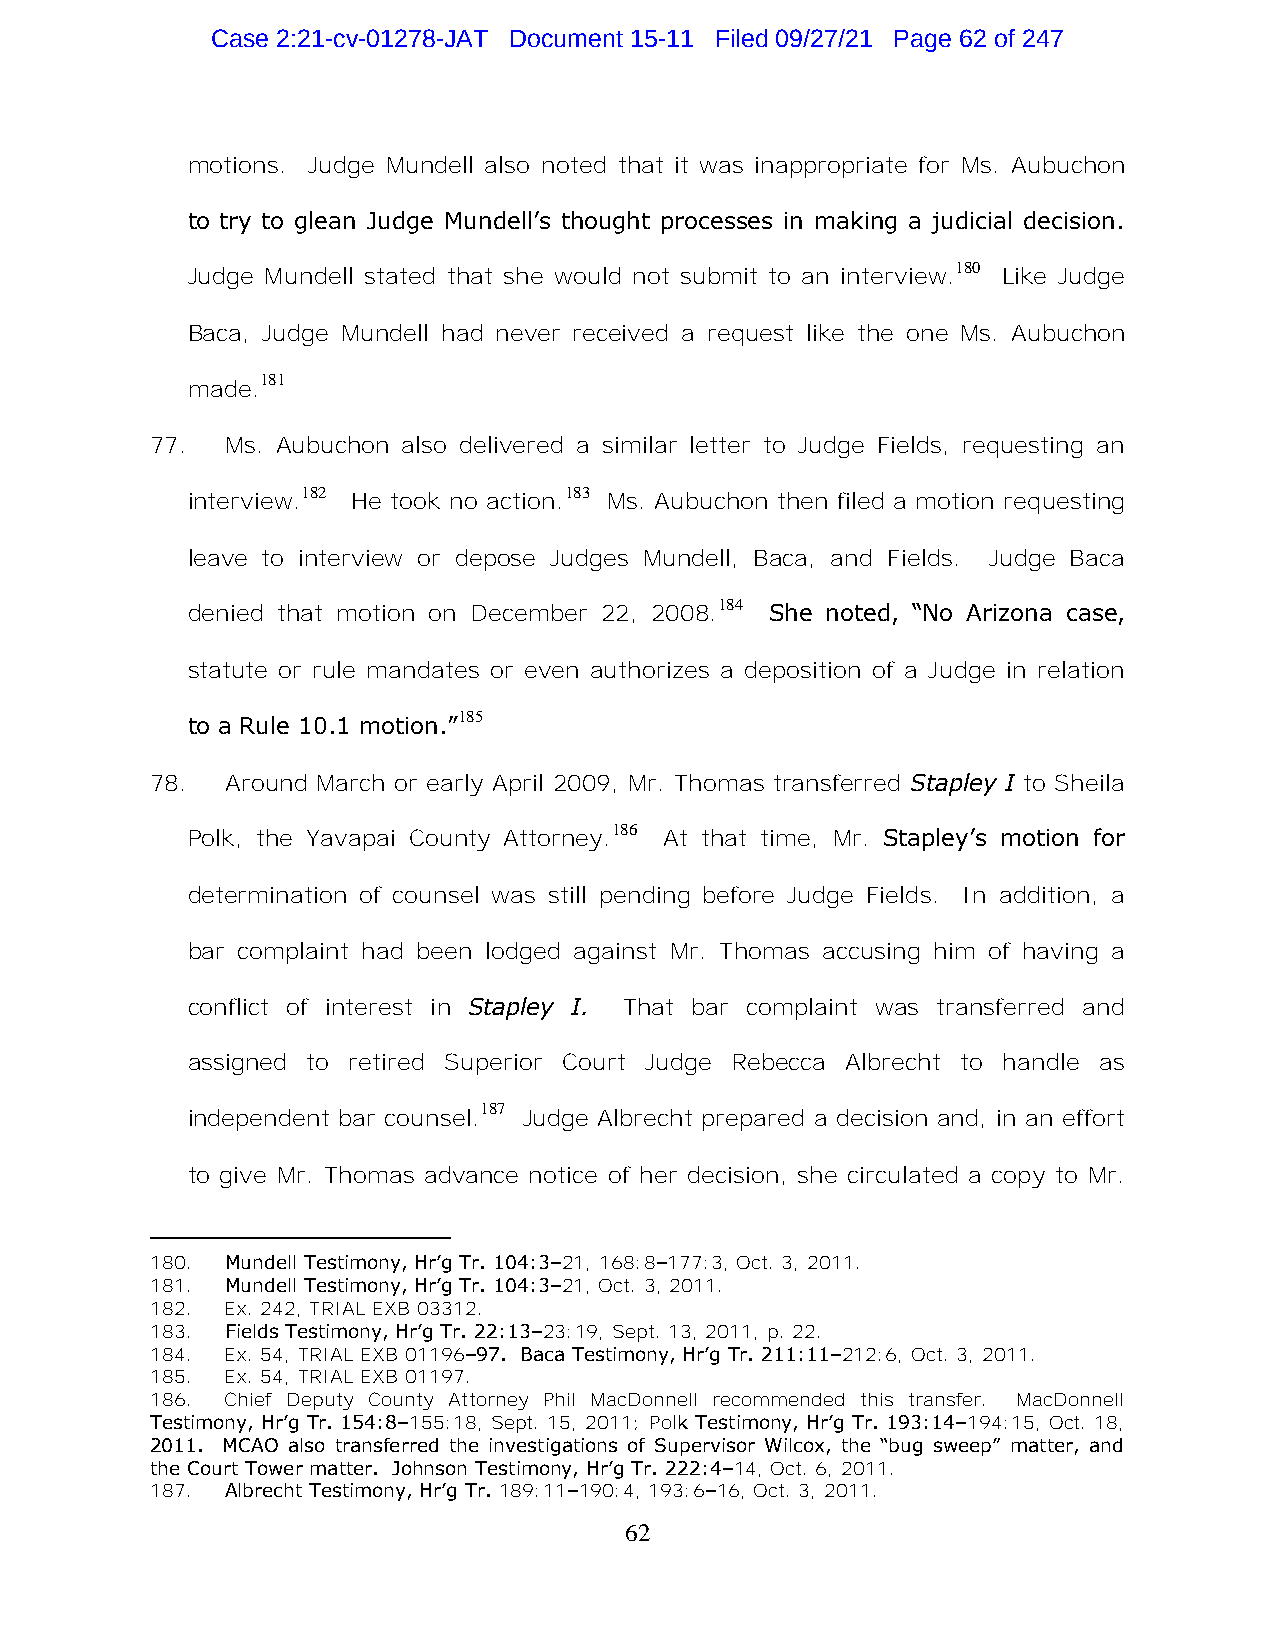
Case 2:21-cv-01278-JAT Document 15-11 Filed 09/27/21 Page 62 of 247
 motions. Judge Mundell also noted that it was inappropriate for Ms. Aubuchon
 to try to glean Judge Mundell’s thought processes in making a judicial decision.
 180
 Judge Mundell stated that she would not submit to an interview. Like Judge
 Baca, Judge Mundell had never received a request like the one Ms. Aubuchon
 181
 made.
 77.  Ms. Aubuchon also delivered a similar letter to Judge Fields, requesting an
 182              183
 interview. He took no action. Ms. Aubuchon then filed a motion requesting
 leave to interview or depose Judges Mundell, Baca, and Fields. Judge Baca
 184
 denied that motion on December 22, 2008. She noted, “No Arizona case,
 statute or rule mandates or even authorizes a deposition of a Judge in relation
 185
 to a Rule 10.1 motion.”
 78.  Around March or early April 2009, Mr. Thomas transferred Stapley I to Sheila
 186
 Polk, the Yavapai County Attorney. At that time, Mr. Stapley’s motion for
 determination of counsel was still pending before Judge Fields. In addition, a
 bar complaint had been lodged against Mr. Thomas accusing him of having a
 conflict of interest in Stapley I. That bar complaint was transferred and
 assigned to retired Superior Court Judge Rebecca Albrecht to handle as
 187
 independent bar counsel. Judge Albrecht prepared a decision and, in an effort
 to give Mr. Thomas advance notice of her decision, she circulated a copy to Mr.
 180. Mundell Testimony, Hr’g Tr. 104:3–21, 168:8–177:3, Oct. 3, 2011.
 181. Mundell Testimony, Hr’g Tr. 104:3–21, Oct. 3, 2011.
 182. Ex. 242, TRIAL EXB 03312.
 183. Fields Testimony, Hr’g Tr. 22:13–23:19, Sept. 13, 2011, p. 22.
 184. Ex. 54, TRIAL EXB 01196–97. Baca Testimony, Hr’g Tr. 211:11–212:6, Oct. 3, 2011.
 185. Ex. 54, TRIAL EXB 01197.
 186. Chief Deputy County Attorney Phil MacDonnell recommended this transfer. MacDonnell
 Testimony, Hr’g Tr. 154:8–155:18, Sept. 15, 2011; Polk Testimony, Hr’g Tr. 193:14–194:15, Oct. 18,
 2011. MCAO also transferred the investigations of Supervisor Wilcox, the “bug sweep” matter, and
 the Court Tower matter. Johnson Testimony, Hr’g Tr. 222:4–14, Oct. 6, 2011.
 187. Albrecht Testimony, Hr’g Tr. 189:11–190:4, 193:6–16, Oct. 3, 2011.
 62